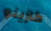
كازينو